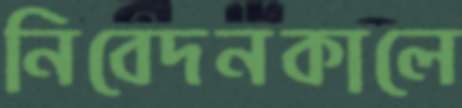
নিবেদনকালে